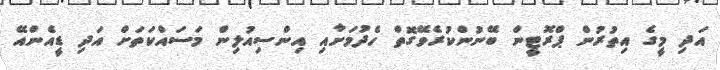
އަދި މީގެ އިތުރުން ޕްރޮޓީން ބޭނުންކުރެވޭގޮތް ހެދުމަށާއި އިންސިއުލިން މަސައްކަތަށް އަދި ޑީއެންއޭ